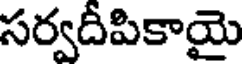
సర్వదీపికాయై